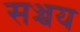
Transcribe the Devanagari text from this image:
सञ्चय